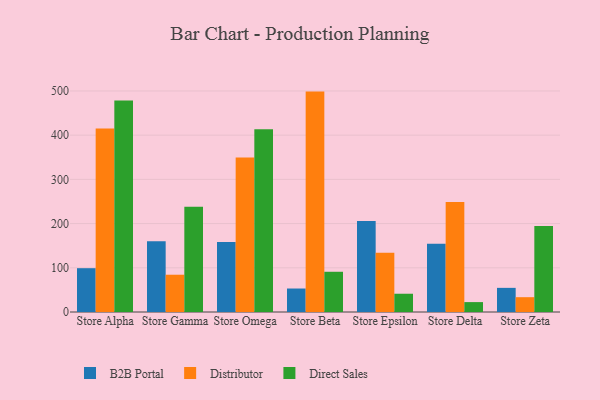
{"axis": {"x": "Store", "y": "Satisfaction Score"}, "legend": ["B2B Portal", "Direct Sales", "Distributor"], "data": [{"x": "Store Alpha", "y": 99.1, "type": "B2B Portal"}, {"x": "Store Alpha", "y": 415.2, "type": "Distributor"}, {"x": "Store Alpha", "y": 478.2, "type": "Direct Sales"}, {"x": "Store Gamma", "y": 159.8, "type": "B2B Portal"}, {"x": "Store Gamma", "y": 84.3, "type": "Distributor"}, {"x": "Store Gamma", "y": 237.9, "type": "Direct Sales"}, {"x": "Store Omega", "y": 158.6, "type": "B2B Portal"}, {"x": "Store Omega", "y": 349.3, "type": "Distributor"}, {"x": "Store Omega", "y": 413.4, "type": "Direct Sales"}, {"x": "Store Beta", "y": 53.1, "type": "B2B Portal"}, {"x": "Store Beta", "y": 498.5, "type": "Distributor"}, {"x": "Store Beta", "y": 91.0, "type": "Direct Sales"}, {"x": "Store Epsilon", "y": 206.1, "type": "B2B Portal"}, {"x": "Store Epsilon", "y": 133.9, "type": "Distributor"}, {"x": "Store Epsilon", "y": 41.3, "type": "Direct Sales"}, {"x": "Store Delta", "y": 154.5, "type": "B2B Portal"}, {"x": "Store Delta", "y": 248.9, "type": "Distributor"}, {"x": "Store Delta", "y": 22.4, "type": "Direct Sales"}, {"x": "Store Zeta", "y": 54.6, "type": "B2B Portal"}, {"x": "Store Zeta", "y": 33.5, "type": "Distributor"}, {"x": "Store Zeta", "y": 194.4, "type": "Direct Sales"}]}